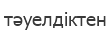
тәуелдіктен